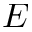
E